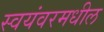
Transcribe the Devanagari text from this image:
स्वयंवरमधील